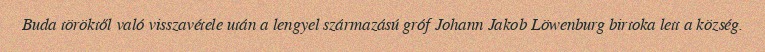
Buda töröktől való visszavétele után a lengyel származású gróf Johann Jakob Löwenburg birtoka lett a község.